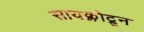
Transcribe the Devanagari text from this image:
सायक्लोट्रून